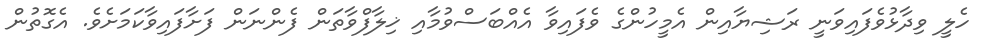
ހެލީ ވިދާޅުވެފައިވަނީ ރަޝިޔާއިން އެމީހުންގެ ވެފައިވާ އެއްބަސްވުމާއި ޚިލާފްވާތަން ފެންނަން ފަށާފައިވާކަމަށެވެ. އެގޮތުން